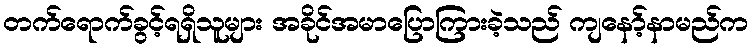
တက်ရောက်ခွင့်ရရှိသူများ အခိုင်အမာပြောကြားခဲ့သည် ကျနော့်နာမည်က